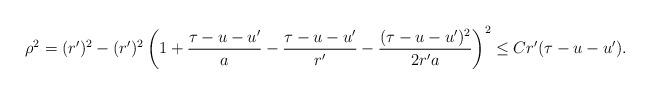
LaTeX: \begin{align*} \begin{aligned} \rho^2 = (r')^2 - (r')^2 \left (1 + {\tau - u - u' \over a} - {\tau - u - u' \over r'} - {(\tau - u - u')^2 \over 2 r' a} \right )^2 \le C r' (\tau - u - u'). \end{aligned}\end{align*}